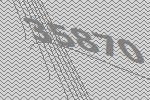
35870